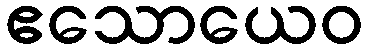
ဧသောယေဝ